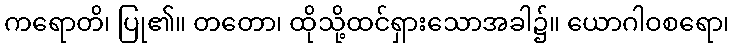
ကရောတိ၊ ပြု၏။ တတော၊ ထိုသို့ထင်ရှားသောအခါ၌။ ယောဂါဝစရော၊